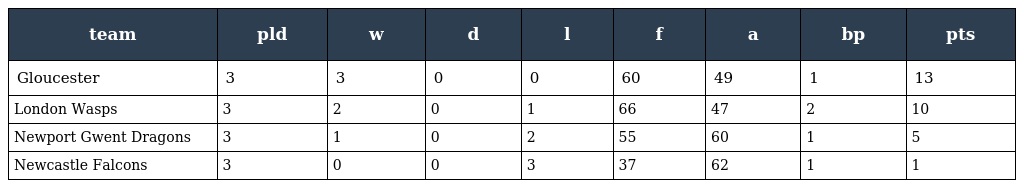
| team | pld | w | d | l | f | a | bp | pts |
 | --- | --- | --- | --- | --- | --- | --- | --- | --- |
 | Gloucester | 3 | 3 | 0 | 0 | 60 | 49 | 1 | 13 |
 | London Wasps | 3 | 2 | 0 | 1 | 66 | 47 | 2 | 10 |
 | Newport Gwent Dragons | 3 | 1 | 0 | 2 | 55 | 60 | 1 | 5 |
 | Newcastle Falcons | 3 | 0 | 0 | 3 | 37 | 62 | 1 | 1 |